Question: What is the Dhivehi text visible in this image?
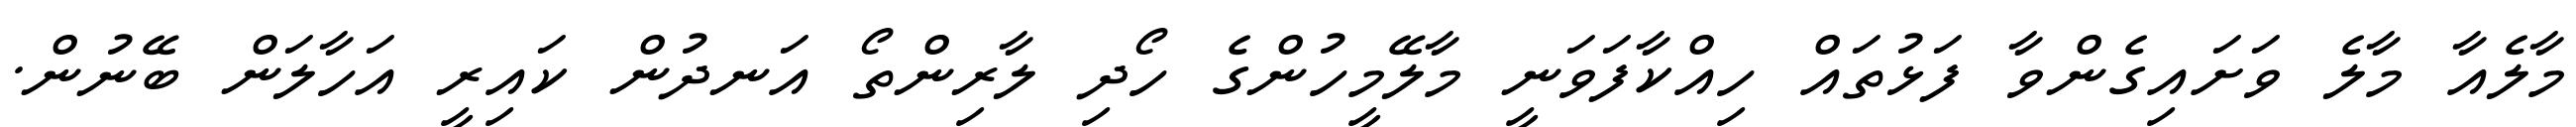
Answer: މާލެއާ މާލެ ވަށައިގެންވާ ފަޅުތައް ހިއްކާފަވަނީ މާލޭމީހުންގެ ހޯދި ލާރިންތޯ އަނދުން ކައިރީ އަހާލަން ބޭނުން.